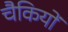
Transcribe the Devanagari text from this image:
चैकियों